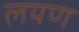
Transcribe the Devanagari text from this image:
लयण